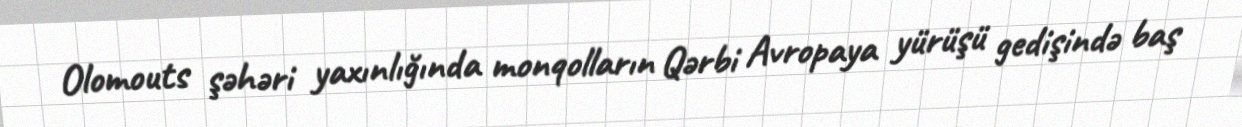
Olomouts şəhəri yaxınlığında monqolların Qərbi Avropaya yürüşü gedişində baş